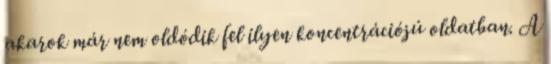
akarok már nem oldódik fel ilyen koncentrációjú oldatban. A